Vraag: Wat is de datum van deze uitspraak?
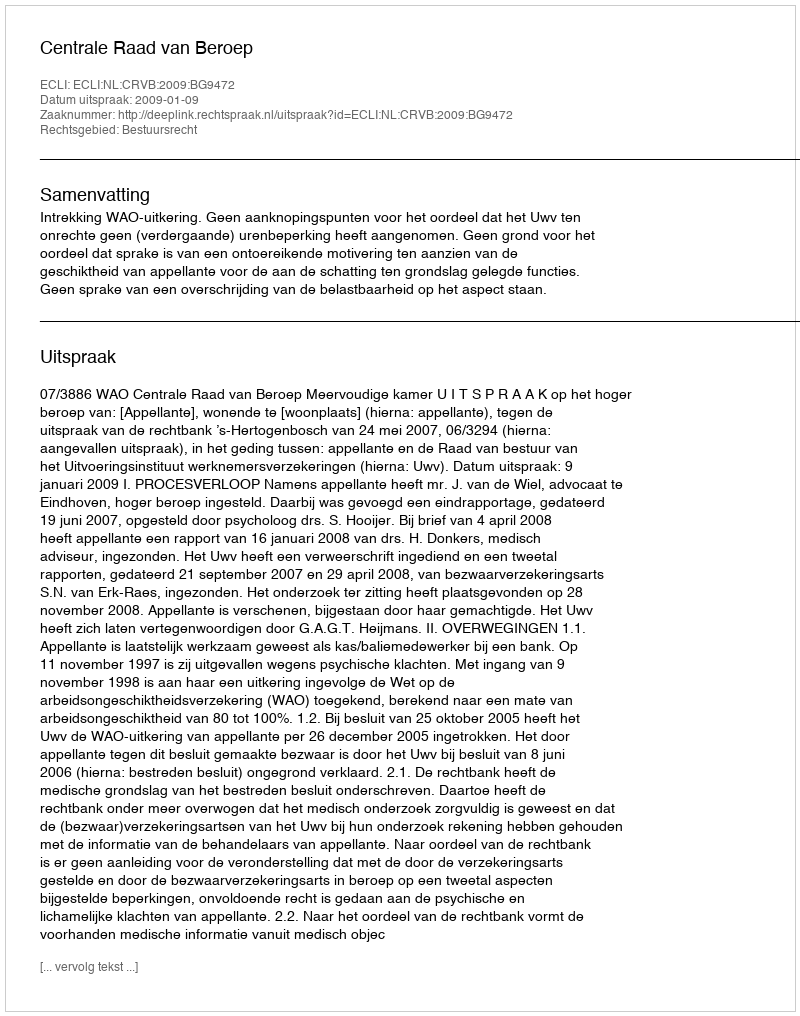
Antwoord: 2009-01-09